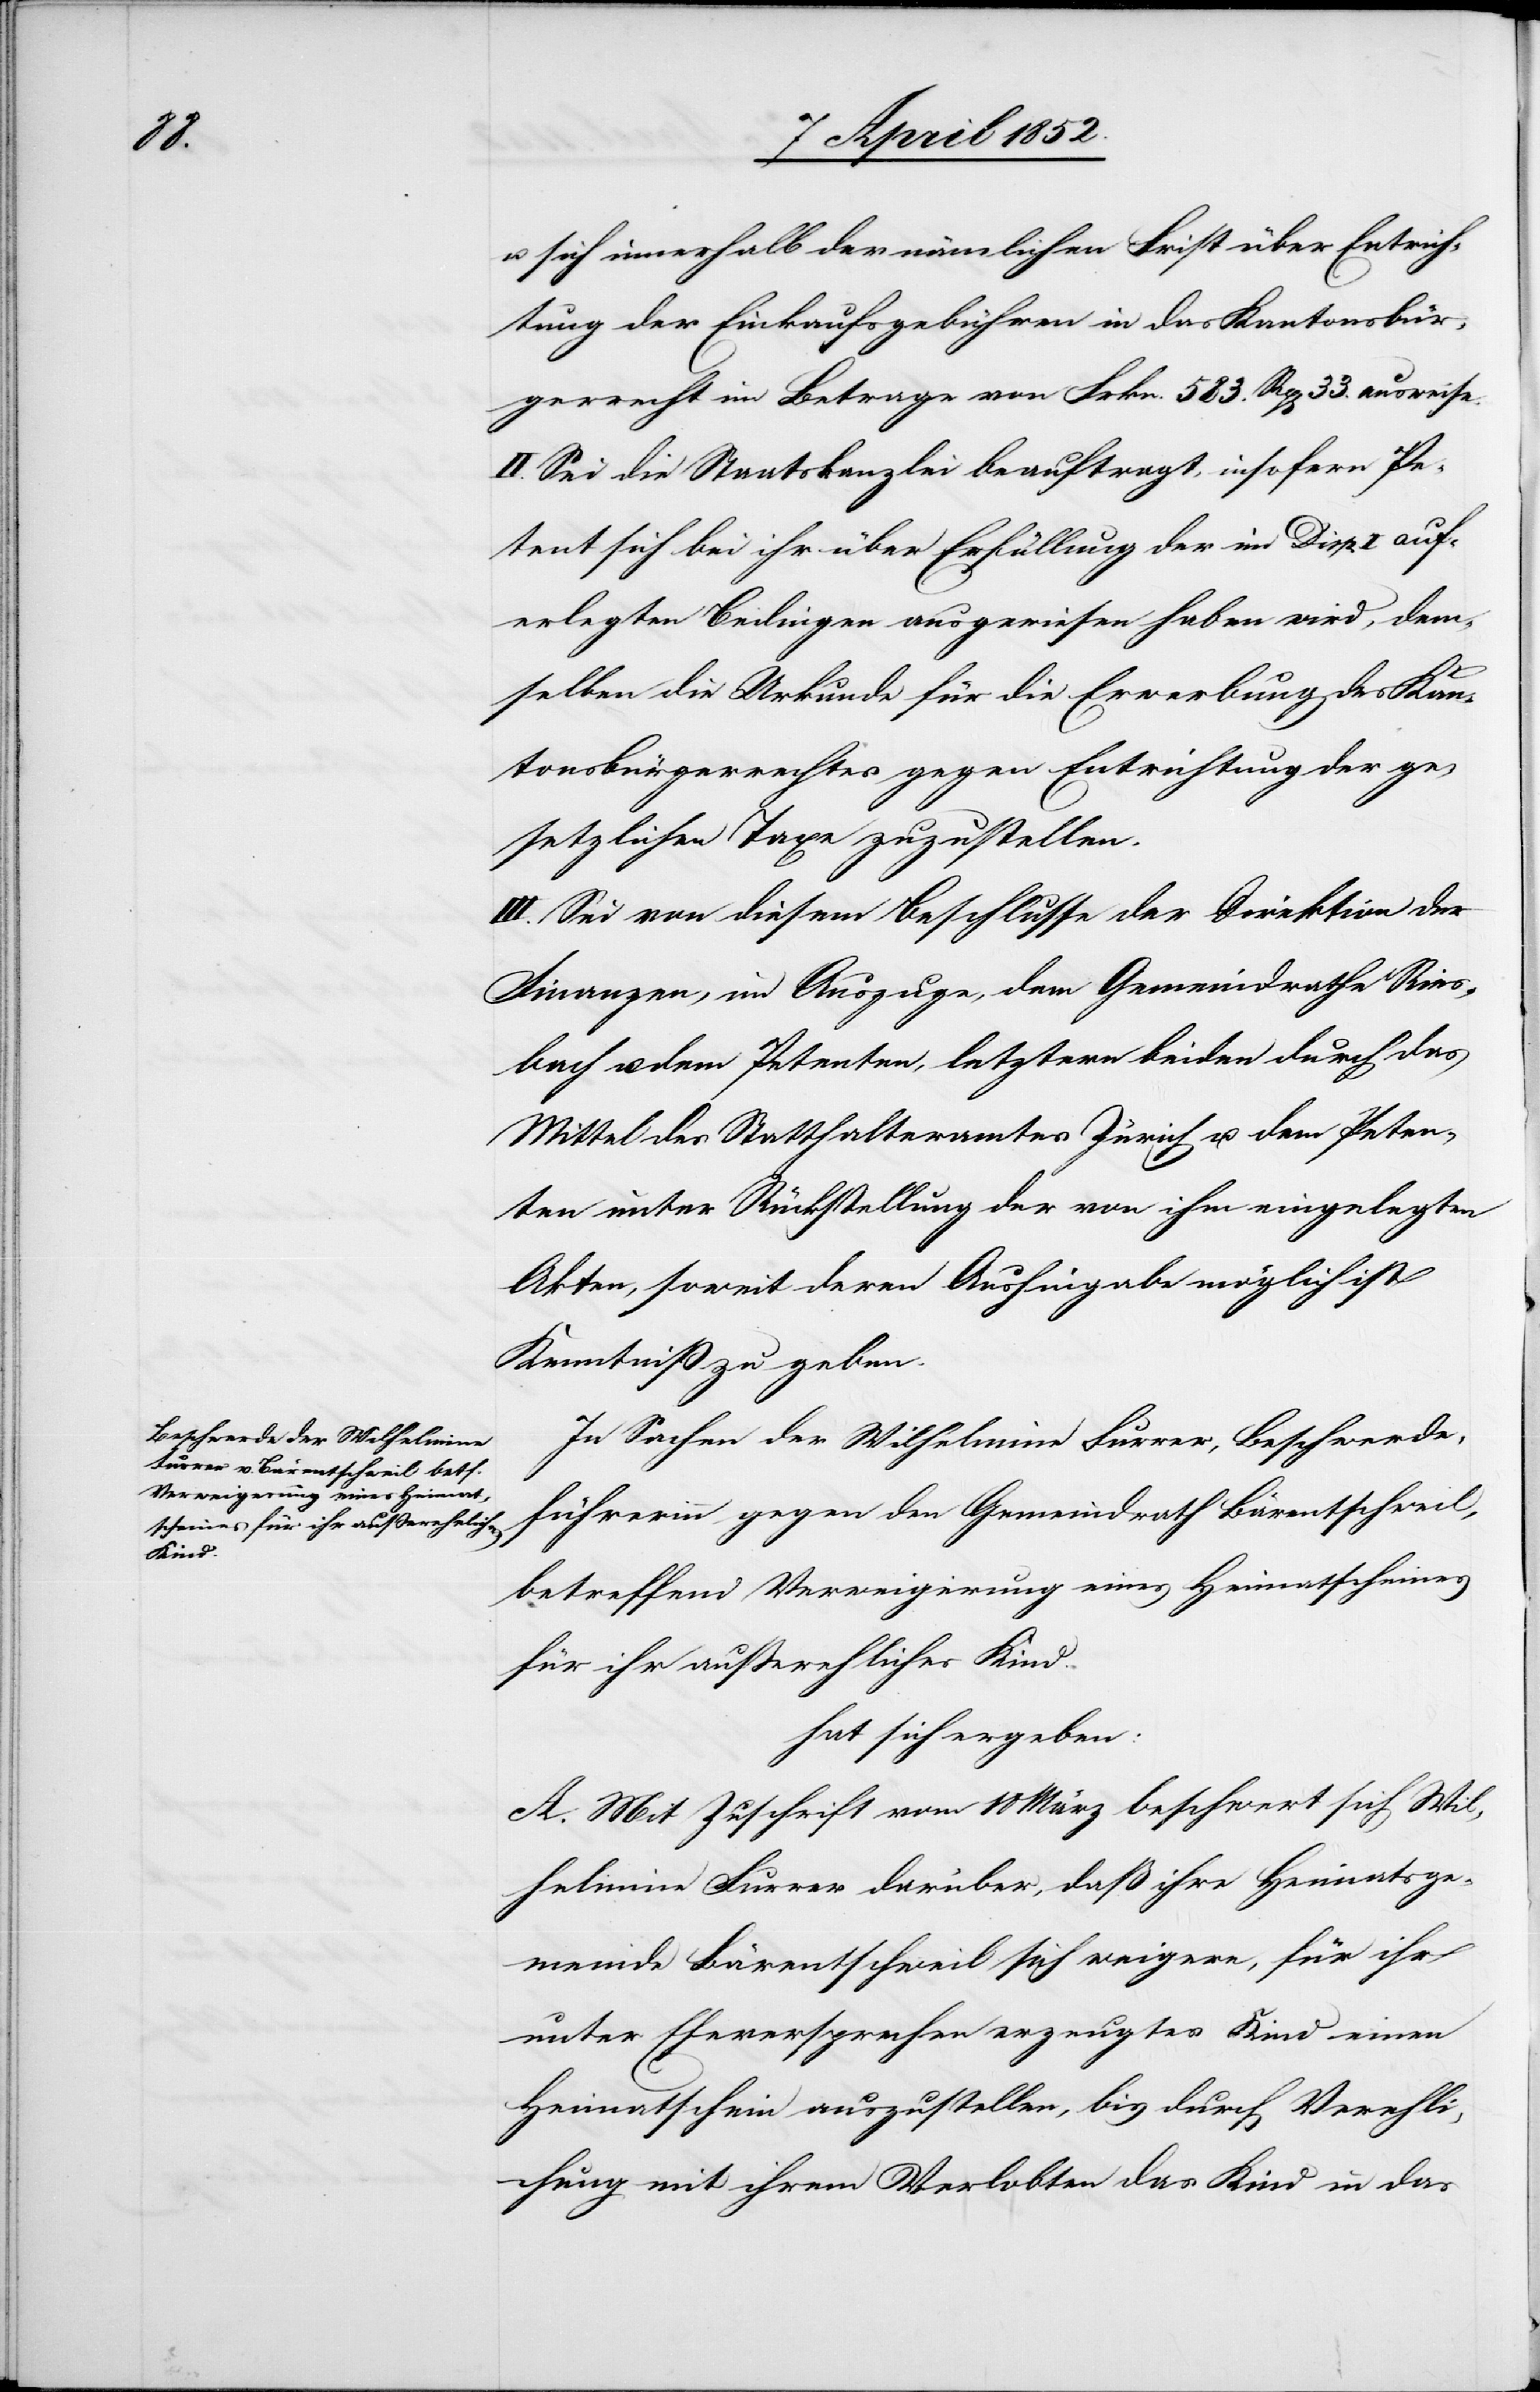
u. sich innerhalb der nämlichen Frist über Entrich¬
tung der Einkaufsgebühren in das Kantonsbür¬
gerrecht im Betrage von Frkn. 583. Rp[en] 33. ausweise.
II. Sei die Staatskanzlei beauftragt, insofern Pe¬
tent sich bei ihr über Erfüllung der im Disp. I auf¬
erlegten Beding[ung]en ausgewiesen haben wird, dem¬
selben die Urkunde für die Erwerbung des Kan¬
tonsbürgerrechtes gegen Entrichtung der ge¬
setzlichen Taxe zuzustellen.
III. Sei von diesem Beschlusse der Direktion der
Finanzen, im Auszuge, dem Gemeindrathe Ries¬
bach u. dem Petenten, letztern beiden durch das
Mittel des Statthalteramtes Zürich u. dem Peten¬
ten unter Rückstellung der von ihm eingelegten
Akten, soweit deren Aushingabe möglich ist
Kenntniß zu geben.
In Sachen der Wilhelmine Furrer, Beschwerde¬
führerinn gegen den Gemeindrath Bärentschweil,
betreffend Verweigerung eines Heimatscheines
für ihr ausserehliches Kind.
hat sich ergeben:
A. Mit Zuschrift vom 18 März beschwert sich Wil¬
helmine Furrer darüber, daß ihre Heimatsge¬
meinde Bärentschweil sich weigere, für ihr
unter Eheversprechen erzeugtes Kind einen
Heimatschein auszustellen, bis durch Verehli¬
chung mit ihrem Verlobten das Kind in das